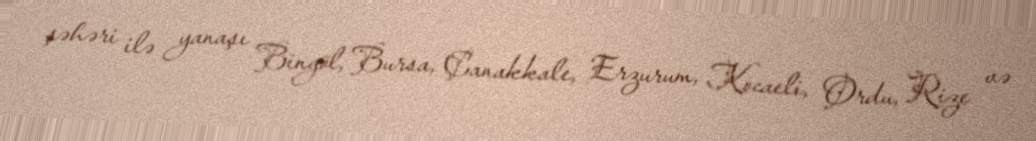
şəhəri ilə yanaşı Bingöl, Bursa, Çanakkale, Erzurum, Kocaeli, Ordu, Rize və